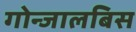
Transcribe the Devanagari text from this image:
गोन्जालबिस